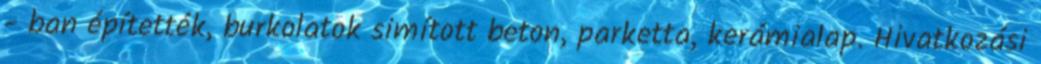
- ban építették, burkolatok simított beton, parketta, kerámialap. Hivatkozási